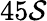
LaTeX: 45\mathcal{S}